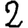
Digit: 2